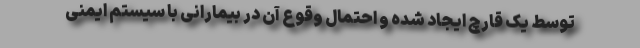
توسط یک قارچ ایجاد شده و احتمال وقوع آن در بیمارانی با سیستم ایمنی